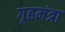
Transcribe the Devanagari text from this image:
गृहमंत्रा